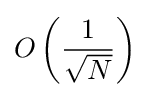
O\left({\frac {1}{\sqrt {N}}}\right)